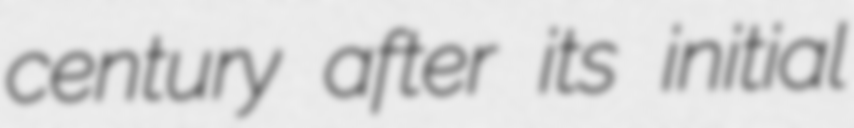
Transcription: century after its initial